Papers set at the Examination for Leaving Certificates, 1893
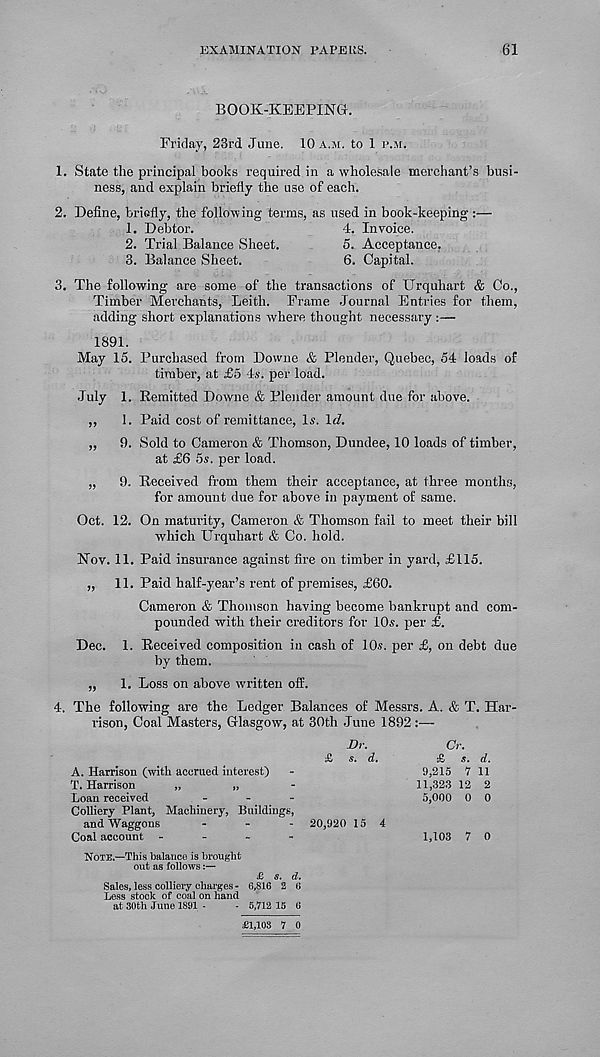
EXAMINATION PAPJSLtS.
61
BOOK-KEEPING.
Friday, 23rd June. 10 a.m. to 1 p.m.
1. State the principal books required in a wholesale merchant’s busi-
ness, and explain briefly the use of each.
2. Define, briefly, the following terms, as used in book-keeping :—
1. Debtor.
4. Invoice.
2. Trial Balance Sheet.
5. Acceptance,
3. Balance Sheet.
6. Capital.
3. The following are some of the transactions of Urquhart & Co.,
Timber Merchants, Leith. Frame Journal Entries for them,
adding short explanations where thought necessary :—
1891.
May 15. Purchased from Downe & Plender, Quebec, 54 loads of
timber, at £5 4s. per load.
July 1. Kemitted Downe & Plender amount due for above.
,,
1. Paid cost of remittance, Is. Id.
,, 9. Sold to Cameron & Thomson, Dundee, 10 loads of timber,
at £6 5s. per load.
„ 9. Received from them their acceptance, at three months,
for amount due for above in payment of same.
Oct. 12. On maturity, Cameron & Thomson fail to meet their bill
which Urquhart & Co. hold.
Nov. 11. Paid insurance against fire on timber in yard, £115.
„ 11. Paid half-year’s rent of premises, £60.
Cameron & Thomson having become bankrupt and com-
pounded with their creditors for 10s. per £.
Dec. 1. Received composition in cash of 10s. per £, on debt due
by them.
„ 1. Loss on above written off.
4. The following are the Ledger Balances of Messrs. A. & T. Har-
rison, Coal Masters, Glasgow, at 30th June 1892:—
Dr.
£ s. d.
A. Harrison (with accrued interest)
T. Harrison
„
„
Loan received
-
Colliery Plant, Machinery, Buildings,
and Waggons
.
.
- 20,920 15 4
Coal account -
-
-
-
Cr.
£ s. d.
9,215 7 11
11,323 12 2
5,000 0 0
1,103 7 O
Note.—This balance is brought
out as follows:—
£ s. d.
Sales, less colliery charges - 6,816 2 6
Less stock of coal on hand
at 30th June 1891 -
- 5,712 15 6
£1,103 7 0